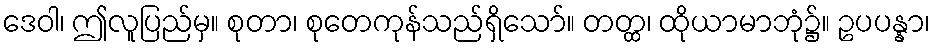
ဒေဝါ၊ ဤလူပြည်မှ။ စုတာ၊ စုတေကုန်သည်ရှိသော်။ တတ္ထ၊ ထိုယာမာဘုံ၌။ ဥပပန္နာ၊